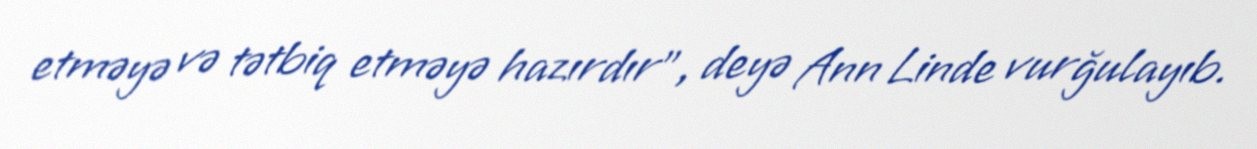
etməyə və tətbiq etməyə hazırdır”, deyə Ann Linde vurğulayıb.